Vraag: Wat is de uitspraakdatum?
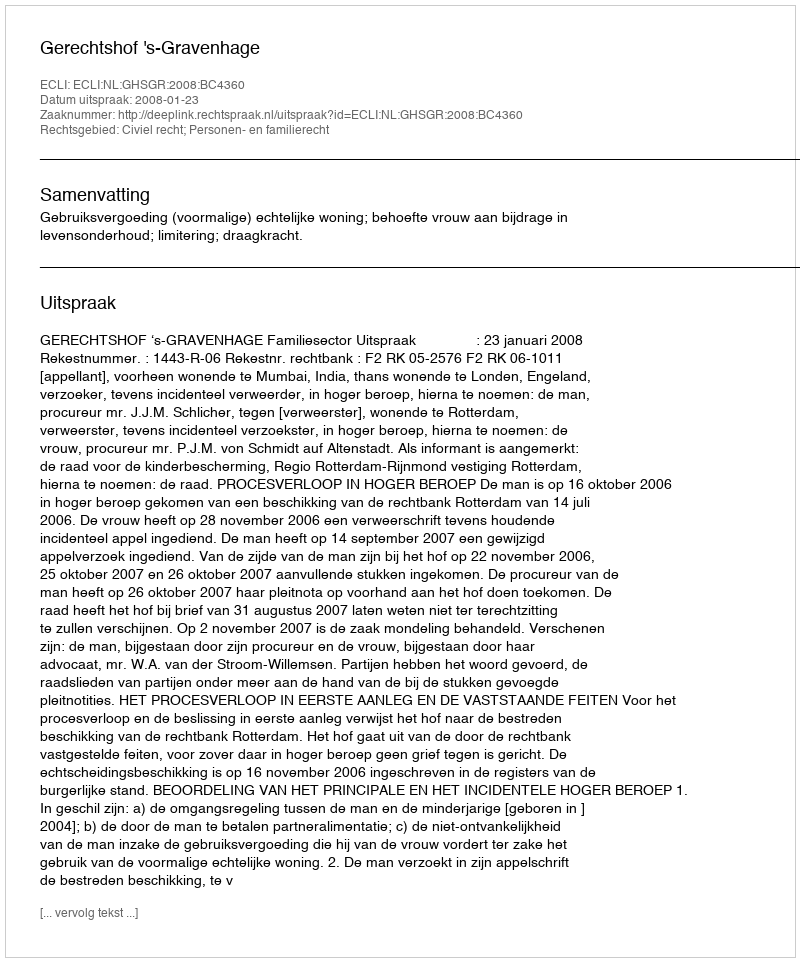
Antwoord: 2008-01-23